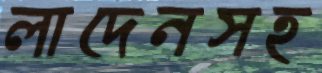
লাদেনসহ